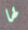
لها